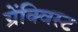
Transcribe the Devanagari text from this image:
ग्रेंक्विस्ट